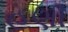
હણી